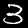
Label: 3